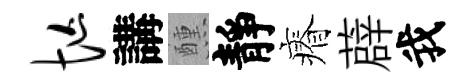
忙講醺靜瘠薜我